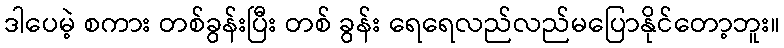
ဒါပေမဲ့ စကား တစ်ခွန်းပြီး တစ် ခွန်း ရေရေလည်လည်မပြောနိုင်တော့ဘူး။